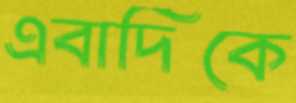
এবাদিকে